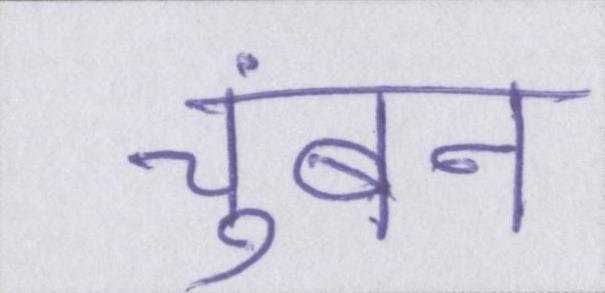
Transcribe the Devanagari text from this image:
चुंबन